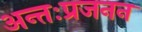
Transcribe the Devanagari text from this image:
अन्तःप्रजनन